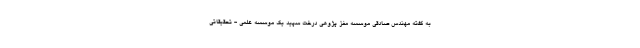
به گفته مهندس صادقی موسسه مغز پژوهی درخت سپید یک موسسه علمی - تحقیقاتی